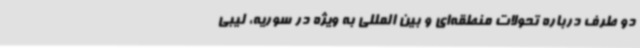
دو طرف درباره تحولات منطقه‌ای و بین المللی به ویژه در سوریه، لیبی